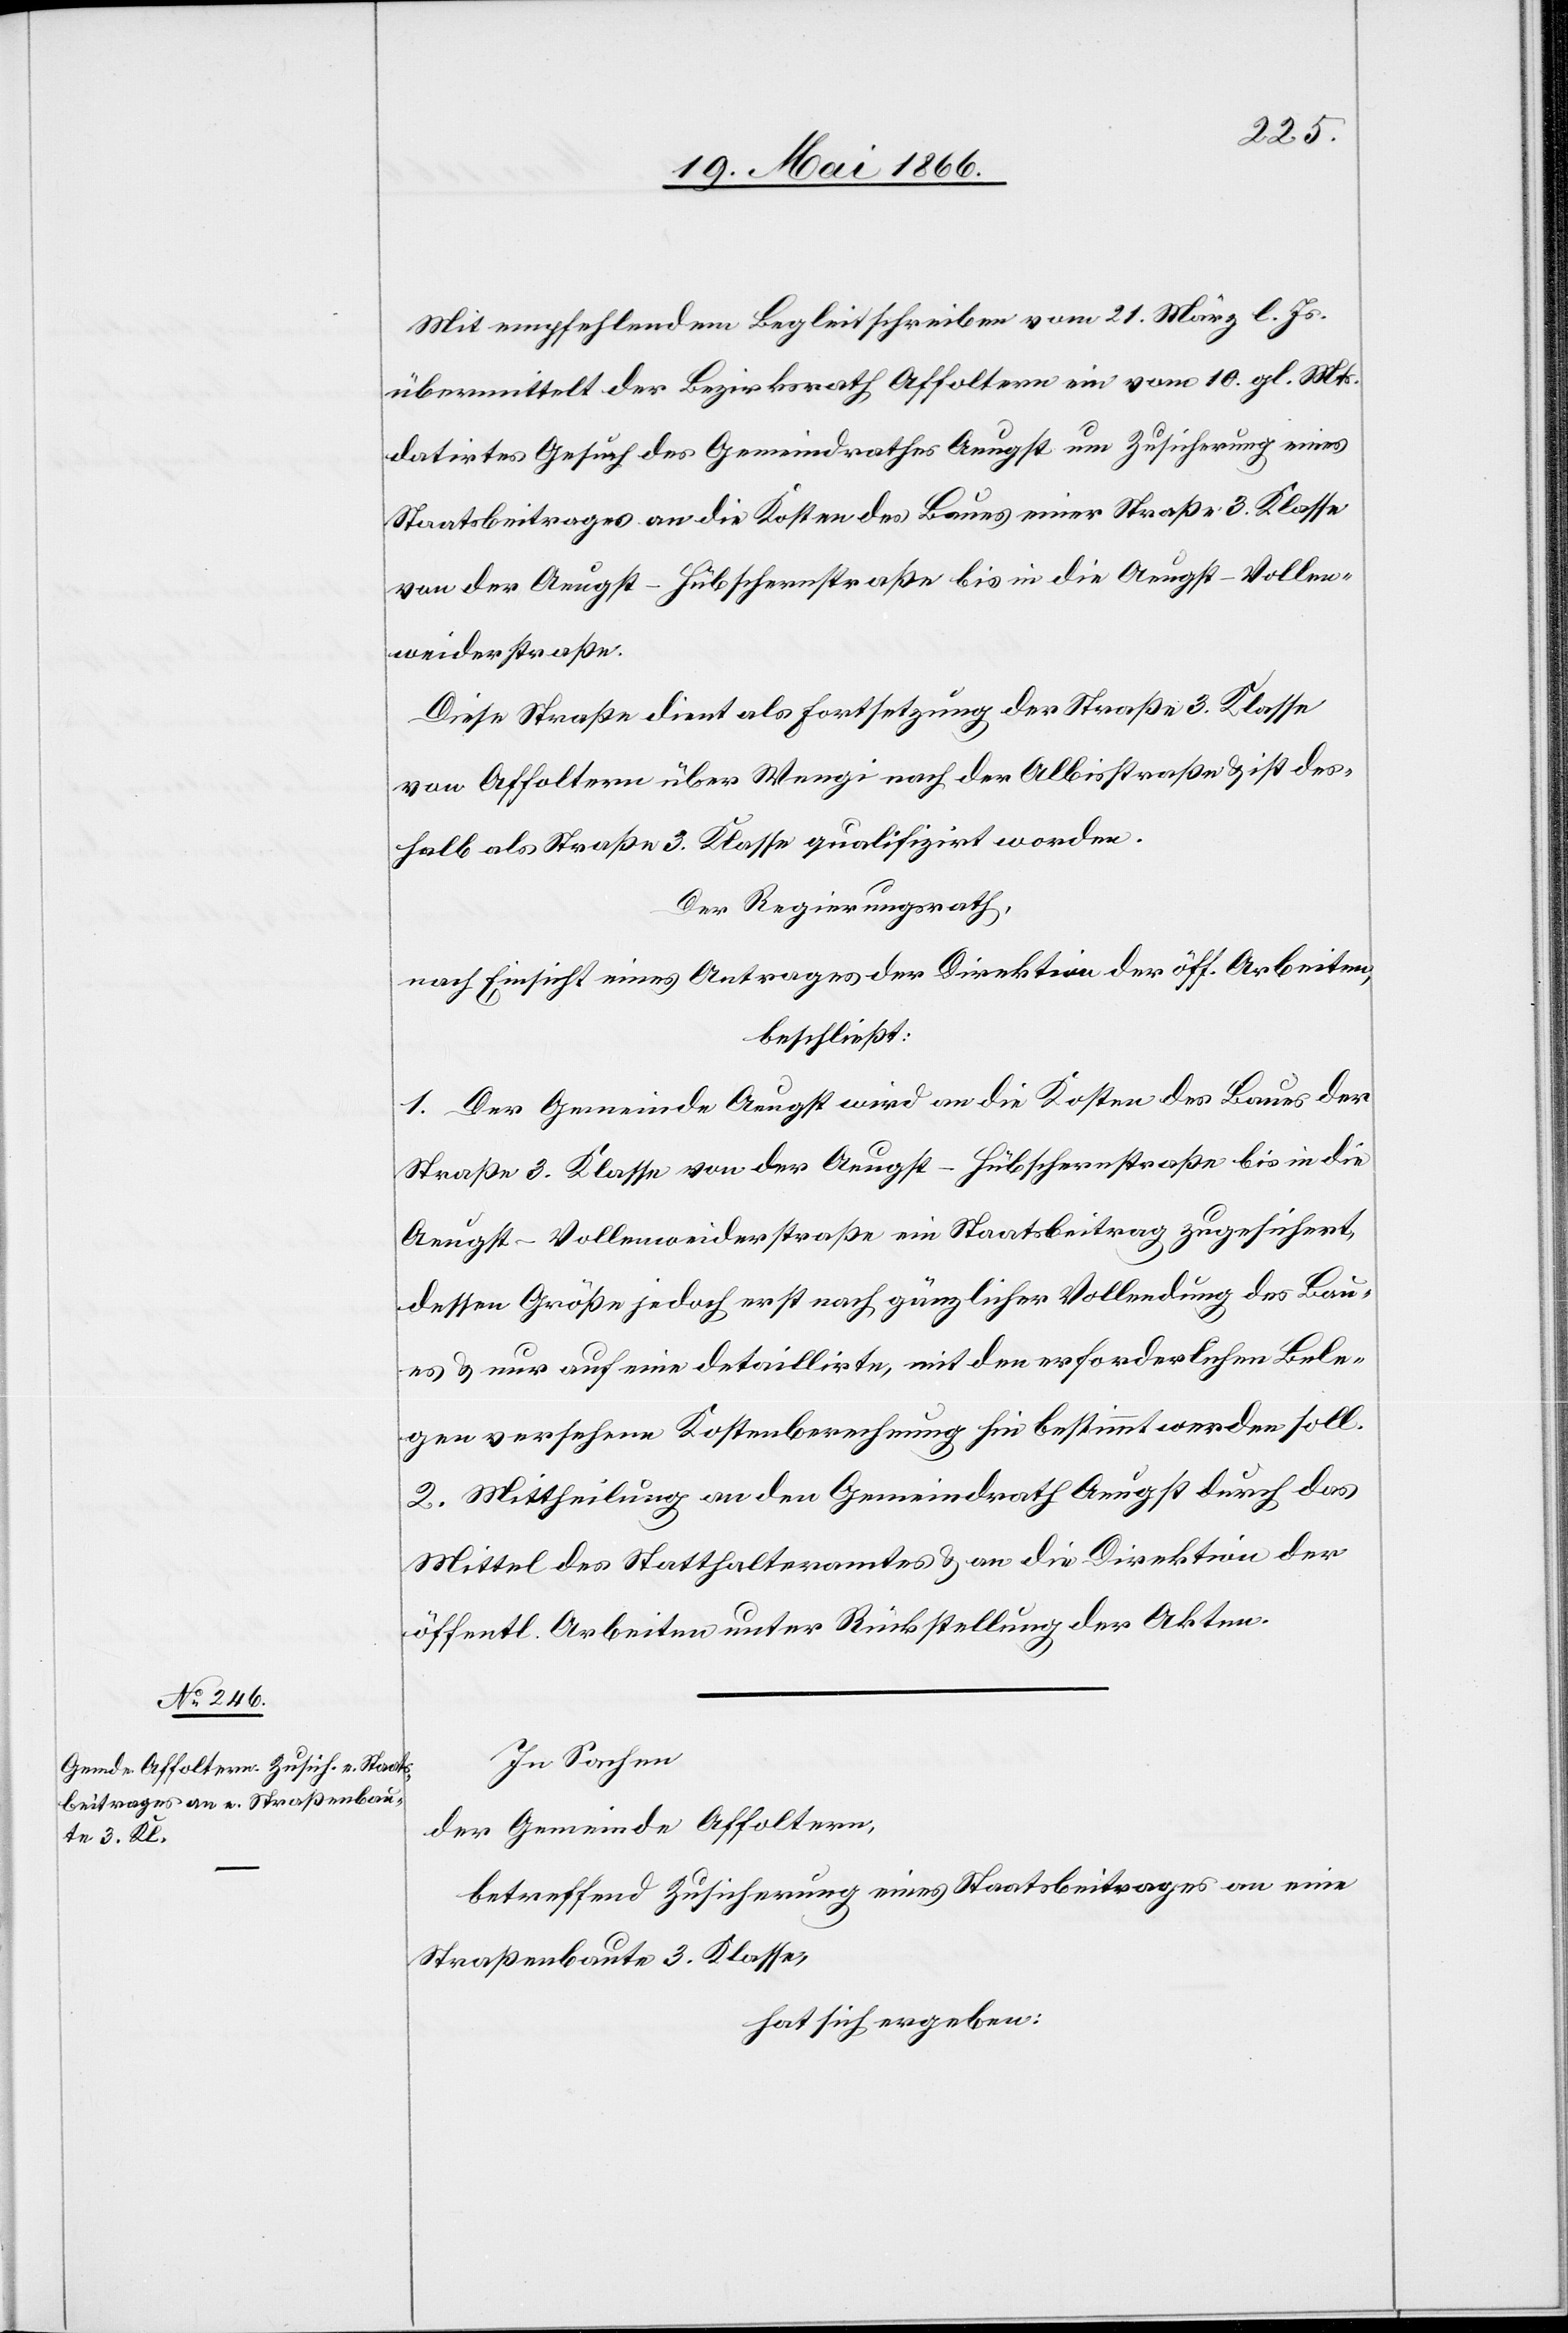
Mit empfehlendem Begleitschreiben vom 21. März l. Js.
übermittelt der Bezirksrath Affoltern ein vom 10. gl. Mts.
datirtes Gesuch des Gemeindrathes Aeugst um Zusicherung eines
Staatsbeitrages an die Kosten des Baues einer Straße 3. Klasse
von der Aeugst–Hübschernstraße bis an die Aeugst–Vollen¬
weiderstraße.
Diese Straße dient als Fortsetzung der Straße 3. Klasse
von Affoltern über Wengi nach der Albisstraße u. ist des¬
halb als Straße 3. Klasse qualifizirt worden.
Der Regierungsrath,
nach Einsicht eines Antrages der Direktion der öff. Arbeiten,
beschließt:
1. Der Gemeinde Aeugst wird an die Kosten des Baues der
Straße 3. Klasse von der Aeugst–Hübschernstraße bis in die
Aeugst–Vollenweiderstraße ein Staatsbeitrag zugesichert,
dessen Größe jedoch erst nach gänzlicher Vollendung des Bau¬
es u. nur auf eine detaillirte, mit den erforderlichen Bele¬
gen versehene Kostenberechnung hin bestimmt werden soll.
2. Mittheilung an den Gemeindrath Aeugst durch das
Mittel des Statthalteramtes u. an die Direktion der
öffentl. Arbeiten unter Rückstellung der Akten.
In Sachen
der Gemeinde Affoltern,
betreffend Zusicherung eines Staatsbeitrages an eine
Straßenbaute 3. Klasse,
hat sich ergeben: